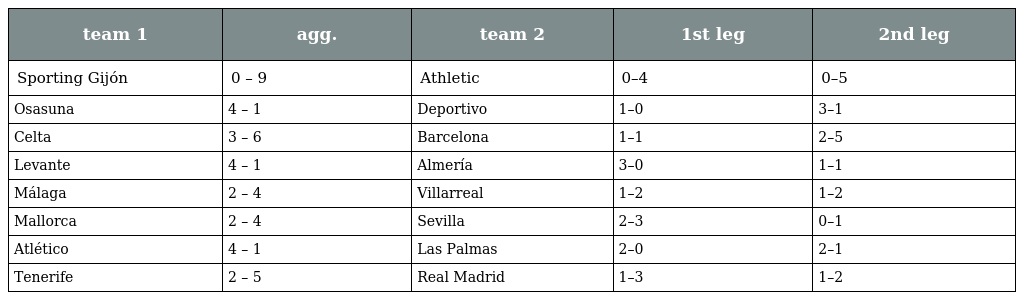
| team 1 | agg. | team 2 | 1st leg | 2nd leg |
 | --- | --- | --- | --- | --- |
 | Sporting Gijón | 0 – 9 | Athletic | 0–4 | 0–5 |
 | Osasuna | 4 – 1 | Deportivo | 1–0 | 3–1 |
 | Celta | 3 – 6 | Barcelona | 1–1 | 2–5 |
 | Levante | 4 – 1 | Almería | 3–0 | 1–1 |
 | Málaga | 2 – 4 | Villarreal | 1–2 | 1–2 |
 | Mallorca | 2 – 4 | Sevilla | 2–3 | 0–1 |
 | Atlético | 4 – 1 | Las Palmas | 2–0 | 2–1 |
 | Tenerife | 2 – 5 | Real Madrid | 1–3 | 1–2 |